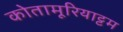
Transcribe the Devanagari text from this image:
कोतामूरियाट्टम